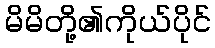
မိမိတို့၏ကိုယ်ပိုင်